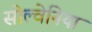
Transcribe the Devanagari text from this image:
सोल्वेनिया